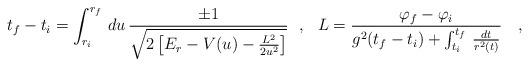
LaTeX: \begin{align*}t_f-t_i=\int_{r_i}^{r_f}\,du\,\frac{\pm 1}{\sqrt{2\left[E_r-V(u)-\frac{L^2}{2u^2}\right]}}\ \ ,\ \ L=\frac{\varphi_f-\varphi_i}{g^2(t_f-t_i)+\int_{t_i}^{t_f}\,\frac{dt}{r^2(t)}}\ \ \ ,\end{align*}